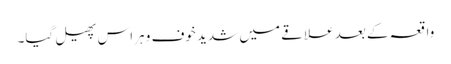
واقعہ کے بعد علاقے میں شدید خوف و ہراس پھیل گیا۔